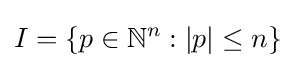
I=\{p\in \mathbb {N} ^{n}:|p|\leq n\}